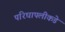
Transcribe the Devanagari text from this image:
परिघापलीकडे